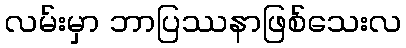
လမ်းမှာ ဘာပြဿနာဖြစ်သေးလ